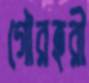
গৌরহরী